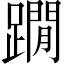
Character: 𨆀